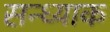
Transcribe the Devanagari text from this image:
सन्ध्याक